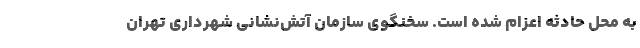
به محل حادثه اعزام شده است. سخنگوی سازمان آتش‌نشانی شهرداری تهران